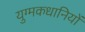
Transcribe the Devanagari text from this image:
युग्मकधानियों